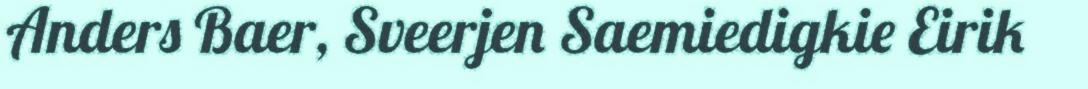
Anders Baer, Sveerjen Saemiedigkie Eirik